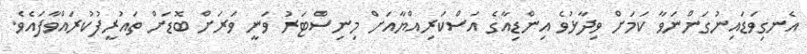
އެނގިވަޑައިނުގަންނަވާ ކަމަށް ވިދާޅުވެ އިންޑިއާގެ އަސްކަރިއްޔާއަށް މިނިސްޓަރު ވަނީ ވަރަށް ބޮޑަށް ތައުރީފުކުރައްވާފައެވެ.